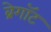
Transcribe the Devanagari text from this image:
ब्रेगॉट